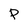
Character: P